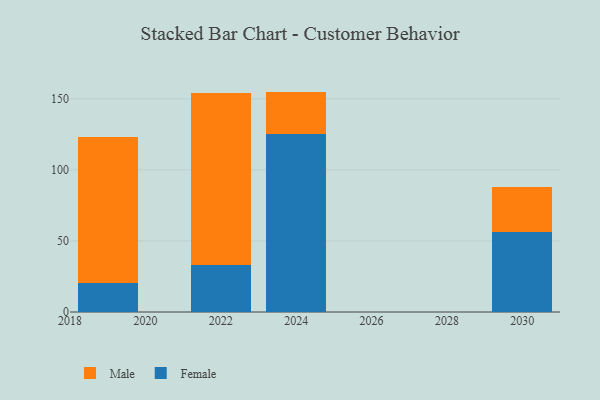
{"axis": {"x": "Year", "y": "Waste Production (Tons)"}, "legend": ["Female", "Male"], "data": [{"x": "2022", "y": 33.3, "type": "Female"}, {"x": "2022", "y": 121.0, "type": "Male"}, {"x": "2019", "y": 20.5, "type": "Female"}, {"x": "2019", "y": 102.4, "type": "Male"}, {"x": "2030", "y": 56.6, "type": "Female"}, {"x": "2030", "y": 31.3, "type": "Male"}, {"x": "2024", "y": 125.3, "type": "Female"}, {"x": "2024", "y": 29.8, "type": "Male"}]}